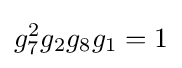
g_{7}^{2}g_{2}g_{8}g_{1}=1